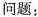
问题：